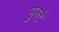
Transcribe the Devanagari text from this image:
भुरटे